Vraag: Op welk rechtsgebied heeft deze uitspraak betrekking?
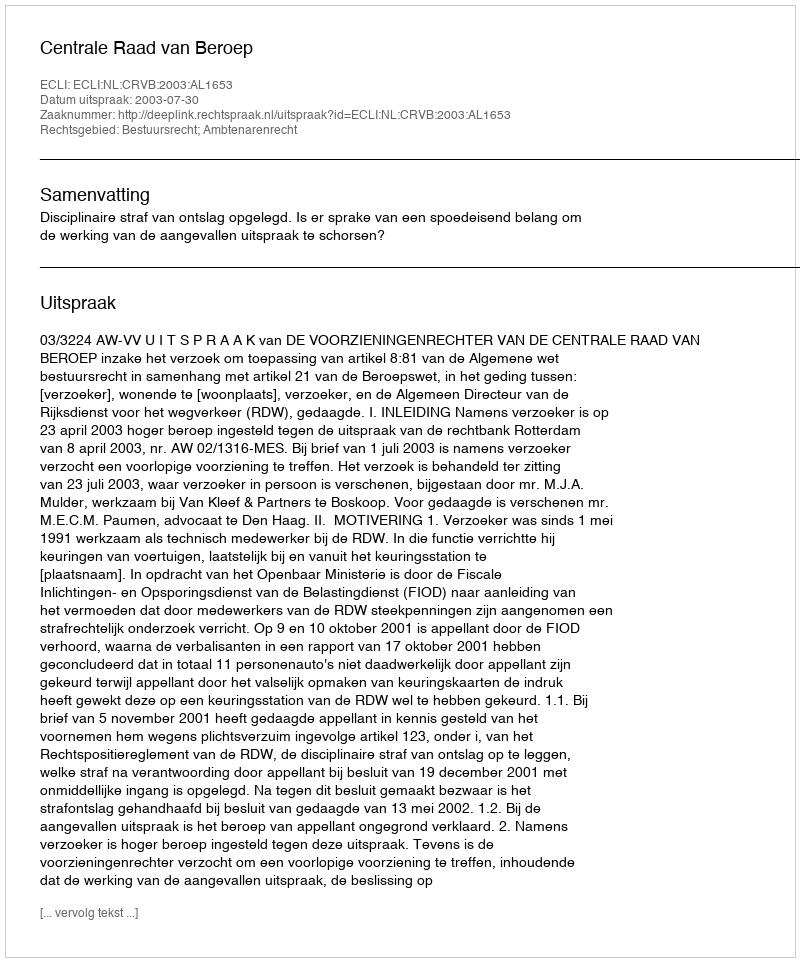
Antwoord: Bestuursrecht; Ambtenarenrecht